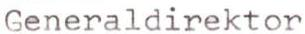
Generaldirektor